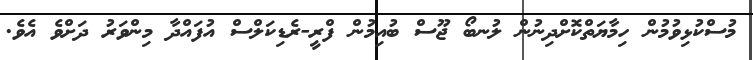
މުސްކުޅިވުމުން ހިމާޔަތްކޮށްދިނުން ލުނބޯ ޖޫސް ބުއިމުން ފްރީ-ރެޑިކަލްސް އުފައްދާ މިންވަރު ދަށްވެ އެވެ.